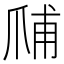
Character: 𱬺